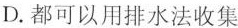
D.都可以用排水法收集